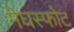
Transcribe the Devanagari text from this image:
मेघस्फोट